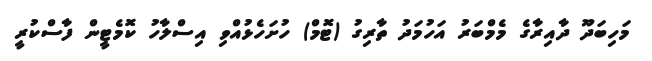
މަހިބަދޫ ދާއިރާގެ މެމްބަރު އަހުމަދު ތާރިގު (ޓޮމް) ހުށަހެޅުއްވި އިސްލާހު ކޮމެޓީން ފާސްކުރީ